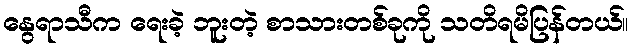
နွေရာသီက ရေးခဲ့ ဘူးတဲ့ စာသားတစ်ခုကို သတိရမိပြန်တယ်။